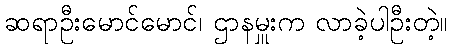
ဆရာဦးမောင်မောင်၊ ဌာနမှူးက လာခဲ့ပါဦးတဲ့။